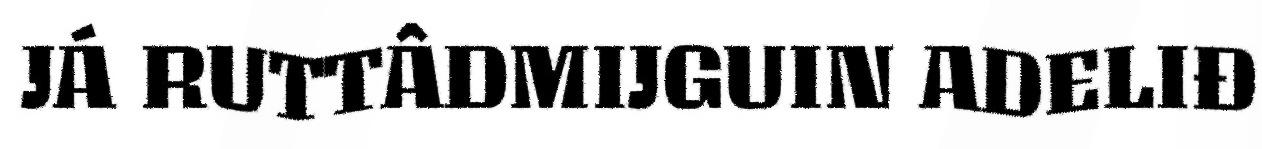
JÁ RUTTÂDMIJGUIN ADELIĐ